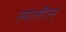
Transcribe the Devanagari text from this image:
त्यातील्